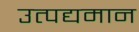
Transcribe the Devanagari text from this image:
उत्पद्यमान